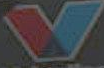
V